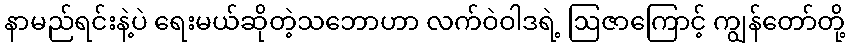
နာမည်ရင်းနဲ့ပဲ ရေးမယ်ဆိုတဲ့သဘောဟာ လက်ဝဲဝါဒရဲ့ ဩဇာကြောင့် ကျွန်တော်တို့